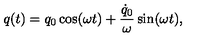
q ( t ) = q _ { 0 } \cos ( \omega t ) + { \frac { \dot { q } _ { 0 } } { \omega } } \sin ( \omega t ) ,